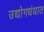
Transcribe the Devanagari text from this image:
उद्योगधंधात